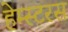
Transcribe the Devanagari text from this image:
हेम्स्टरस